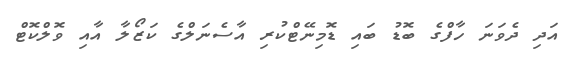
އަދި ދެވަނަ ހާފްގެ ބޮޑު ބައި ޑޮމިނޭޓްކުރި އާސެނަލްގެ ކަޒޯލާ އާއި ވޮލްކޮޓް